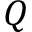
Q